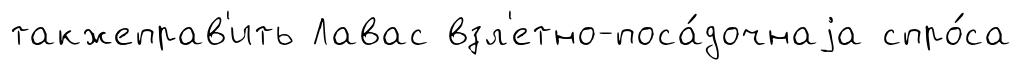
такжеправ'ить Лавас взл'етно-поса́дочнаjа спро́са